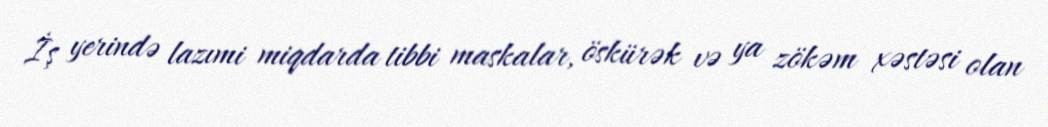
İş yerində lazımi miqdarda tibbi maskalar, öskürək və ya zökəm xəstəsi olan